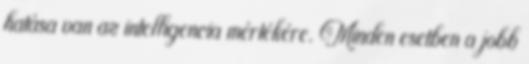
hatása van az intelligencia mértékére. Minden esetben a jobb